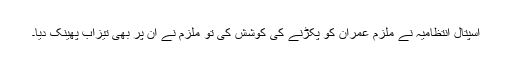
اسپتال انتظامیہ نے ملزم عمران کو پکڑنے کی کوشش کی تو ملزم نے ان پر بھی تیزاب پھینک دیا۔